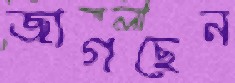
জাগছেন